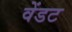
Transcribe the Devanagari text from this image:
वेंडट